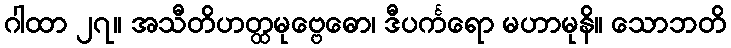
ဂါထာ ၂၇။ အသီတိဟတ္ထမုဗ္ဗေဓော၊ ဒီပင်္ကရော မဟာမုနိ။ သောဘတိ